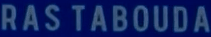
RAS TABOUDA